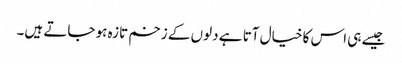
جیسے ہی اس کا خیال آتا ہے دلوں کے زخم تازہ ہو جاتے ہیں۔